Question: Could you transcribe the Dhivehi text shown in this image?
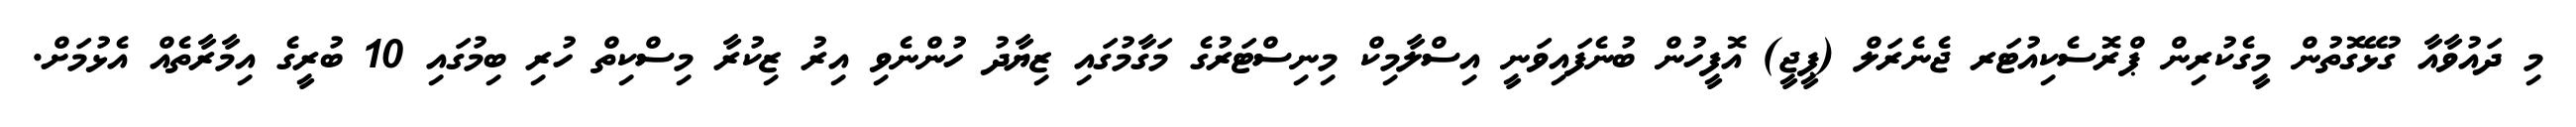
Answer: މި ދައުވާއާ ގުޅޭގޮތުން މީގެކުރިން ޕްރޮސެކިއުޓަރ ޖެނެރަލް (ޕީޖީ) އޮފީހުން ބުނެފައިވަނީ އިސްލާމިކް މިނިސްޓަރުގެ މަގާމުގައި ޒިޔާދު ހުންނެވި އިރު ޒިކުރާ މިސްކިތް ހުރި ބިމުގައި 10 ބުރީގެ އިމާރާތެއް އެޅުމަށް.